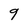
Character: 9